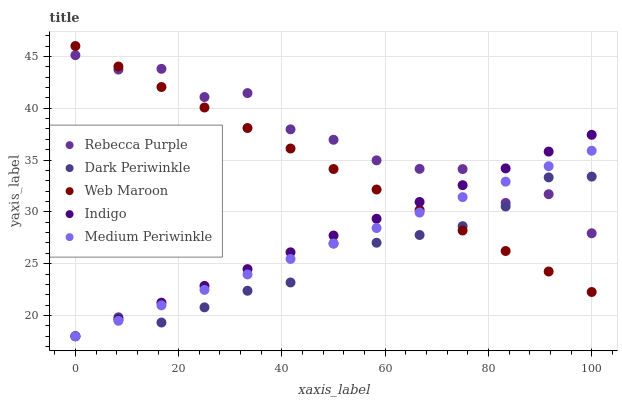
| xaxis_label | Rebecca Purple | Dark Periwinkle | Web Maroon | Indigo | Medium Periwinkle |
 | --- | --- | --- | --- | --- | --- |
 | 0 | 45.1 | 18 | 46 | 18 | 18 |
 | 8.33 | 43.7 | 19.8 | 44 | 19.6 | 19.5 |
 | 16.7 | 43.8 | 19.3 | 42 | 21.2 | 21 |
 | 25 | 41.1 | 20.8 | 40.1 | 22.9 | 22.5 |
 | 33.3 | 41.5 | 22.4 | 38.1 | 24.5 | 24 |
 | 41.7 | 38 | 23.2 | 36.1 | 26.1 | 25.5 |
 | 50 | 37 | 26.9 | 34.1 | 27.7 | 26.9 |
 | 58.3 | 35 | 27 | 32.2 | 29.3 | 28.4 |
 | 66.7 | 34.1 | 27.8 | 30.2 | 31 | 29.9 |
 | 75 | 34.1 | 28.6 | 28.2 | 32.6 | 31.4 |
 | 83.3 | 30.9 | 30.5 | 26.2 | 34.2 | 32.9 |
 | 91.7 | 31.7 | 33.3 | 24.2 | 35.8 | 34.4 |
 | 100 | 27.9 | 33.4 | 22.3 | 37.4 | 35.9 |